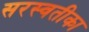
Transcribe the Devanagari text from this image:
सरस्वतीका